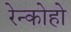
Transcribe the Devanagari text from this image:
रेन्कोहो